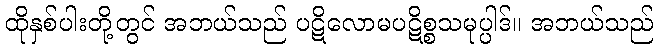
ထိုနှစ်ပါးတို့တွင် အဘယ်သည် ပဋိလောမပဋိစ္စသမုပ္ပါဒ်။ အဘယ်သည်